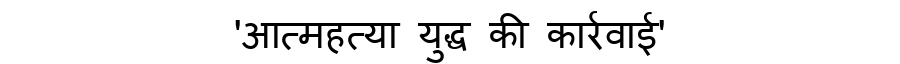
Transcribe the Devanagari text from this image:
'आत्महत्या युद्ध की कार्रवाई'